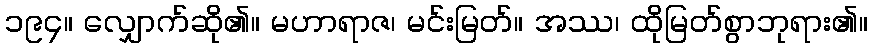
၁၉၄။ လျှောက်ဆို၏။ မဟာရာဇ၊ မင်းမြတ်။ အဿ၊ ထိုမြတ်စွာဘုရား၏။